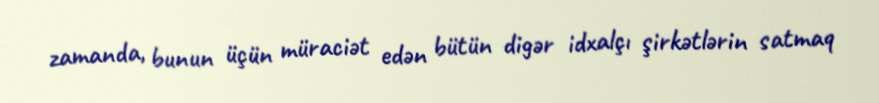
zamanda, bunun üçün müraciət edən bütün digər idxalçı şirkətlərin satmaq